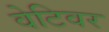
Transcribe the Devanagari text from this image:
वेटिवर